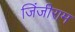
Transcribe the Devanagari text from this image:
जिंजीराम